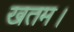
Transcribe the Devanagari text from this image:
खतम।